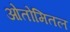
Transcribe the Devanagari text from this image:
ओतोमितल